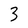
Character: 3